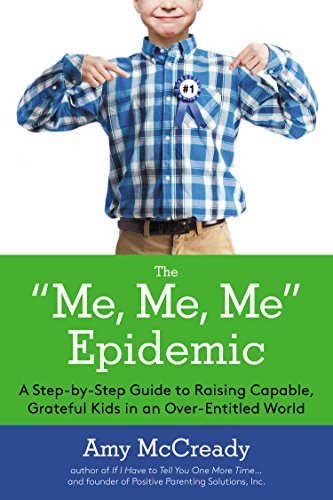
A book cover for The Me, Me, Me Epidemic: A Step-by-Step Guide to Raising Capable, Grateful Kids in an Over-Entitled World; Amy McCready; Parenting & Relationships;